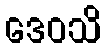
ဒေဝသိ